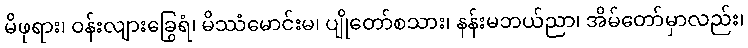
မိဖုရား၊ ဝန်းလျားခြွေရံ၊ မိဿံမောင်းမ၊ ပျိုတော်စသား၊ နန်းမဘယ်ညာ၊ အိမ်တော်မှာလည်း၊